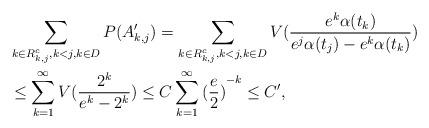
LaTeX: \begin{align*}&\sum_{ k\in R_{k,j}^c,k<j, k \in D} P(A'_{k,j})=\sum_{ k \in R_{k,j}^c,k<j,k \in D} V(\frac{e^k\alpha(t_k)}{e^j\alpha(t_j)-e^k\alpha(t_k)})\\&\le\sum_{k=1}^{\infty} V(\frac{2^k}{e^k-2^k})\le C\sum_{k=1}^{\infty}{(\frac{e}{2})}^{-k}\le C',\end{align*}